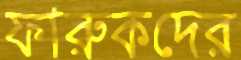
ফারুকদের